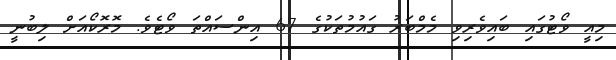
މިއީ ވޯޓުގައި ބައިވެރިވި މެމްބަރު ގައުމުތަކުގެ 67 އިންސައްތަ ވޯޓެވެ. މޮރޮކޯއަށް ލިބުނީ